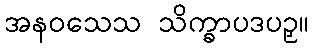
အနဝသေသ သိက္ခာပဒပဉှ။